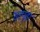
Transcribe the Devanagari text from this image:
सस्पृहा